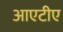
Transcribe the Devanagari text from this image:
आएटीए